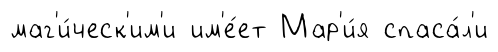
маг'и́ческ'им'и им'е́ет Мар'и́я спаса́л'и